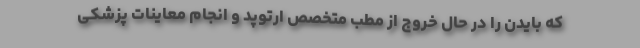
که بایدن را در حال خروج از مطب متخصص ارتوپد و انجام معاینات پزشکی